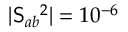
| \mathsf { S } _ { a b } { } ^ { 2 } | = 1 0 ^ { - 6 }